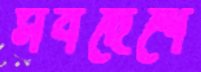
সর্বদেশে